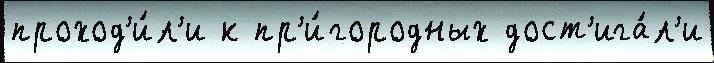
проход'и́л'и к пр'и́городных дост'ига́л'и